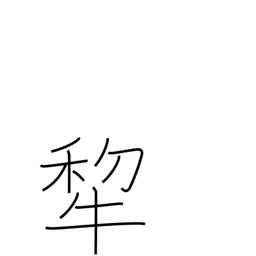
Meaning: plow